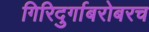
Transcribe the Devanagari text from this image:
गिरिदुर्गाबरोबरच